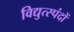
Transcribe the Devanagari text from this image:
विद्युत्स्पंदों